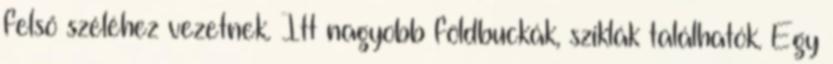
felső széléhez vezetnek. Itt nagyobb földbuckák, sziklák találhatók. Egy